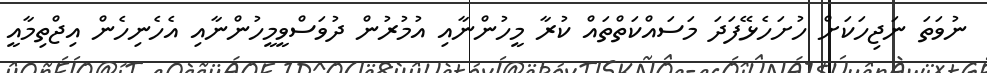
ނުވަތަ ނަޖިހަކަށް ހުށަހެޅޭފަދަ މަސައްކަތްތައް ކުރާ މީހުންނާއި އުމުރުން ދުވަސްވީމީހުންނާއި އެހެނިހެން އިޖްތިމާއީ